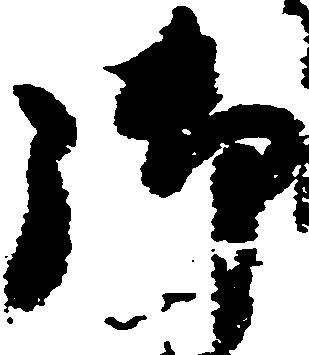
御